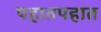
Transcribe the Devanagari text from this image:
पहातपहात